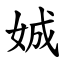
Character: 娍